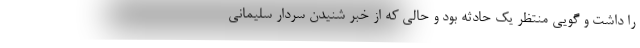
را داشت و گویی منتظر یک حادثه بود و حالی که از خبر شنیدن سردار سلیمانی